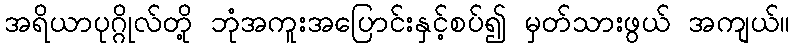
အရိယာပုဂ္ဂိုလ်တို့ ဘုံအကူးအပြောင်းနှင့်စပ်၍ မှတ်သားဖွယ် အကျယ်။